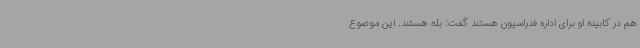
هم در کابینه او برای اداره فدراسیون هستند گفت: بله هستند. این موضوع